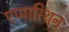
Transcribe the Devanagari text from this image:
एप्पारिशन